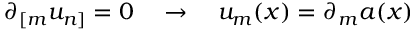
\partial _ { [ m } u _ { n ] } = 0 ~ ~ ~ \rightarrow ~ ~ ~ u _ { m } ( x ) = \partial _ { m } a ( x )